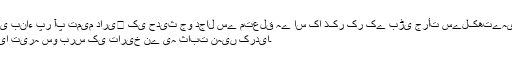
اسی بناء پر آپ تمیم داری﷜ کی حدیث جو دجال سے متعلق ہے اس کا ذکر کر کے بڑی جرأت سےلکھتےہیں:
کیا تیرہ سو برس کی تاریخ نے یہ ثابت نہیں کردیا۔